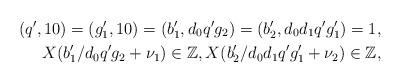
LaTeX: \begin{align*}(q',10)=(g_1',10)=(b_1',d_0q' g_2)=(b_2',d_0d_1q' g_1')=1,\\X(b_1'/d_0 q' g_2+\nu_1)\in\mathbb{Z},X(b_2'/d_0 d_1 q' g_1'+\nu_2)\in\mathbb{Z},\end{align*}